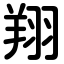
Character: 翔